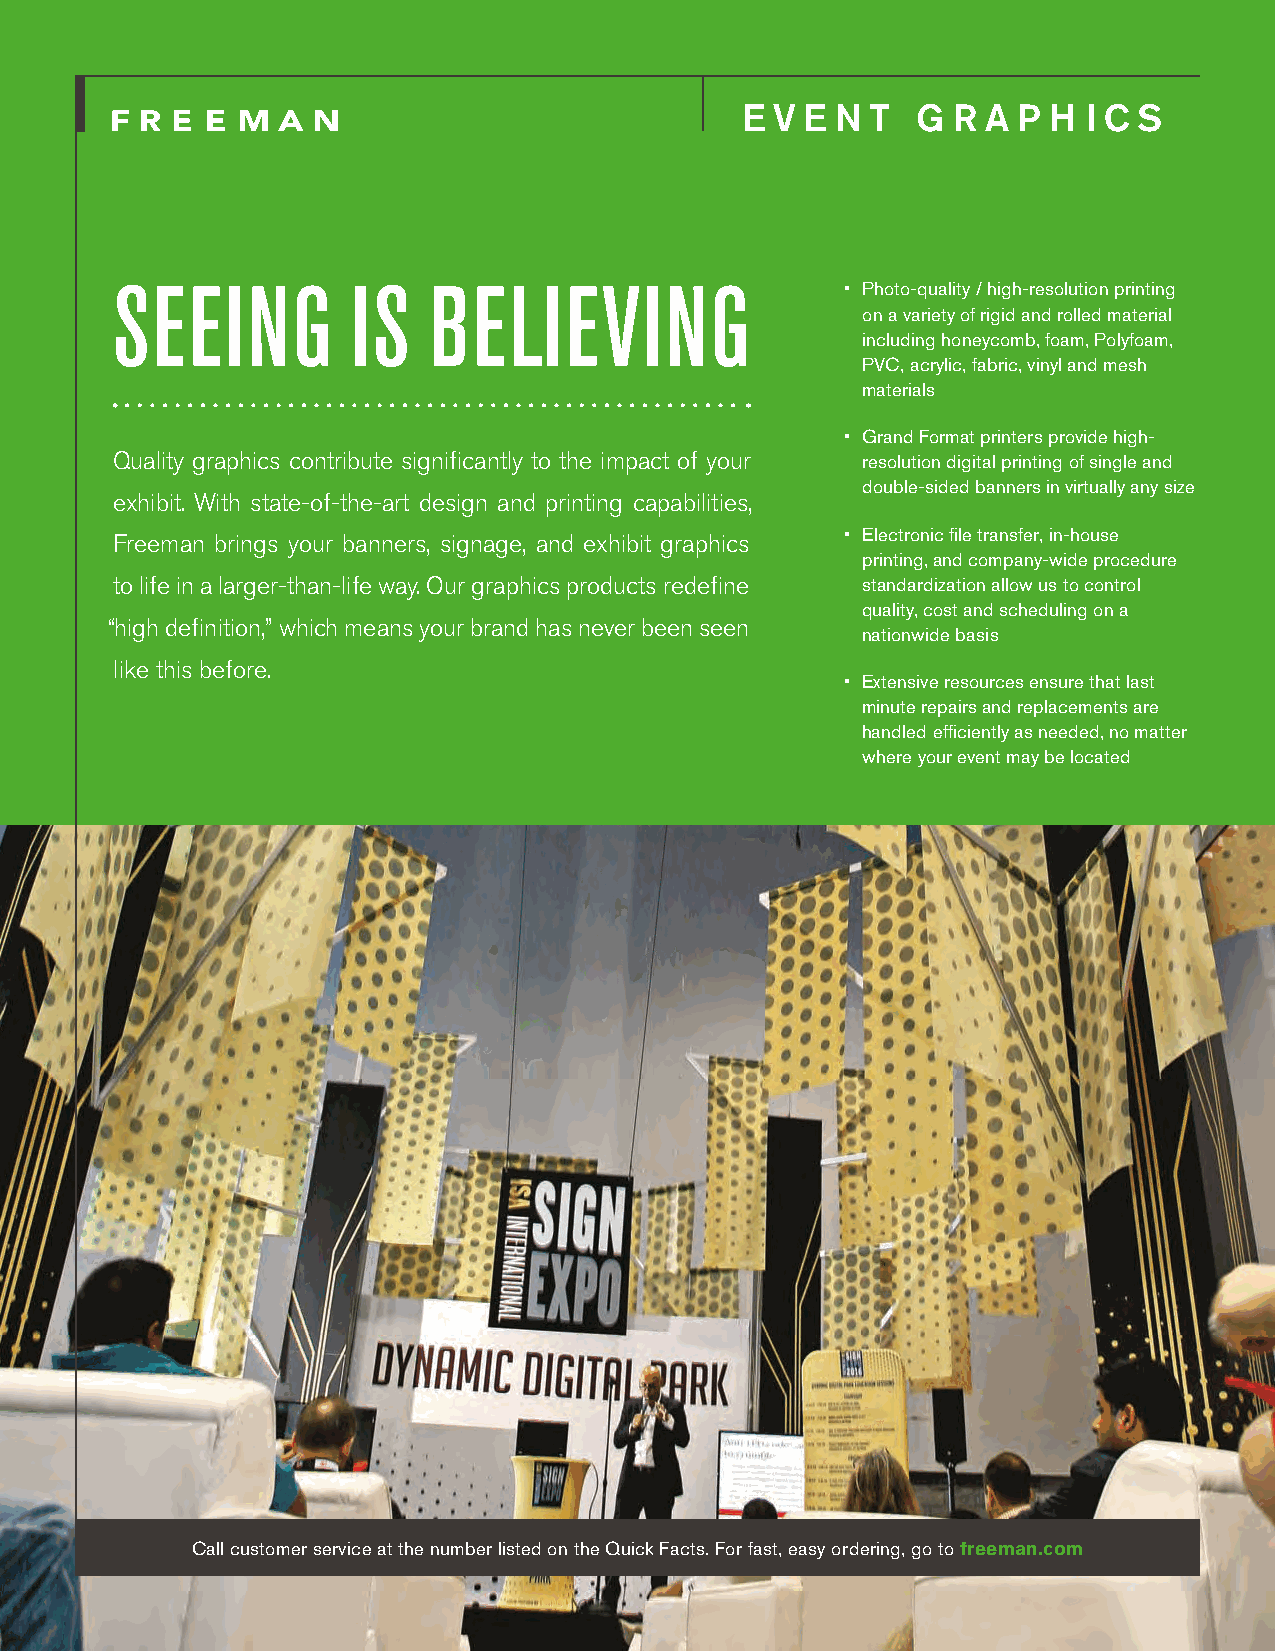
E V E N  T  G R A P H  I C S
 SEEING          IS   BELIEVING                   • Photo-quality / high-resolution printing
 on a variety of rigid and rolled material
 including honeycomb, foam, Polyfoam,
 PVC, acrylic, fabric, vinyl and mesh
 materials
 • Grand Format printers provide high-
 Quality graphics contribute significantly to the impact of your resolution digital printing of single and
 double-sided banners in virtually any size
 exhibit. With state-of-the-art design and printing capabilities,
 • Electronic file transfer, in-house
 Freeman brings your banners, signage, and exhibit graphics
 printing, and company-wide procedure
 to life in a larger-than-life way. Our graphics products redefine standardization allow us to control
 quality, cost and scheduling on a
 “high definition,” which means your brand has never been seen
 nationwide basis
 like this before.
 • Extensive resources ensure that last
 minute repairs and replacements are
 handled efficiently as needed, no matter
 where your event may be located
 Call customer service at the number listed on the Quick Facts. For fast, easy ordering, go to freeman.com